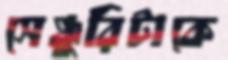
সেঞ্চুরিটাকে